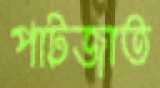
পাটজাত